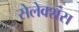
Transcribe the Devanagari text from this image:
सेलेक्शंस